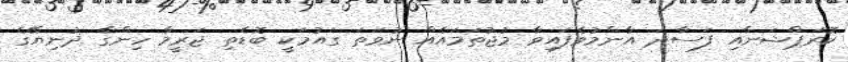
ކޮރަޕްޝަނާއި ފަސާދަ އާންމުވެފައިވާ މުޖުތަމައެއް ނުވަތަ ގައުމަކީ ބޮޑެތި ޖަރީމާ ހިންގާ ދުނިޔޭގެ